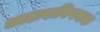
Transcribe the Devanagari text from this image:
आहाराविषयक